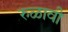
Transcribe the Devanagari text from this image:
रुळावी